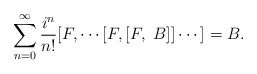
\begin{align*}\sum_{n=0}^{\infty} \frac{i^n}{n!} [F, \cdots [F,[F,~B]] \cdots ] = B.\end{align*}